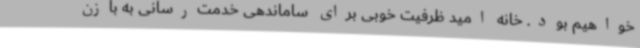
خواهیم بود. خانه امید ظرفیت خوبی برای ساماندهی خدمت‌رسانی به بازن